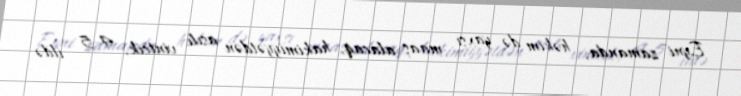
Eyni zamanda, həkim də yaxşı maaş alacaq, hakimiyyətdən asılı vintcik, 4-5 ildə